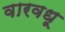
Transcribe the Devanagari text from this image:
वारवधू